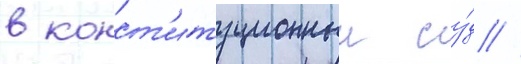
в конст'итуционныи су́д //